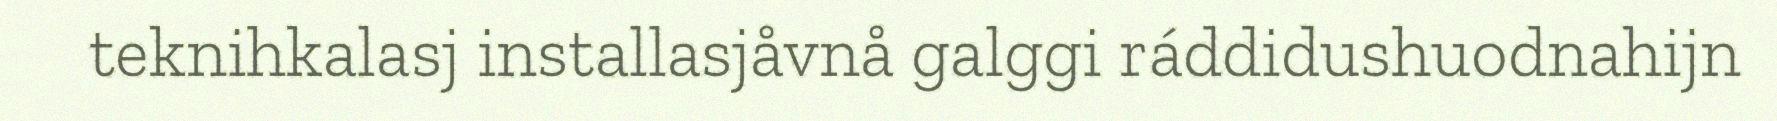
teknihkalasj installasjåvnå galggi ráddidushuodnahijn